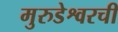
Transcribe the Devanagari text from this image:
मुरुडेश्वरची